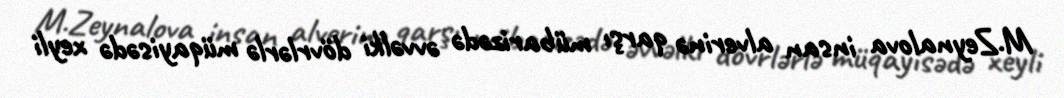
M.Zeynalova insan alverinə qarşı mübarizədə əvvəlki dövrlərlə müqayisədə xeyli